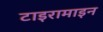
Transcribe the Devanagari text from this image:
टाइरामाइन